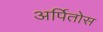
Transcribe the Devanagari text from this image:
अर्पितोस